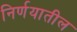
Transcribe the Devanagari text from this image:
निर्णयातील